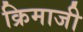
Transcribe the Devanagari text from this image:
क्रिमाजी